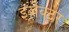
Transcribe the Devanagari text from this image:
इजेक्टर